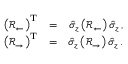
\begin{array} { r l r } { \left( \mathcal { R } _ { \leftarrow } \right) ^ { \mathrm { T } } } & { = } & { \hat { \sigma } _ { z } \left( \mathcal { R } _ { \leftarrow } \right) \hat { \sigma } _ { z } \, , } \\ { \left( \mathcal { R } _ { \rightarrow } \right) ^ { \mathrm { T } } } & { = } & { \hat { \sigma } _ { z } \left( \mathcal { R } _ { \rightarrow } \right) \hat { \sigma } _ { z } \, . } \end{array}